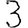
Digit: 3